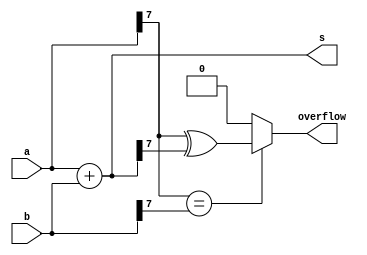
module top_module (
    input [7:0] a,
    input [7:0] b,
    output [7:0] s,
    output overflow
); //
 
    assign s = a+b;
    assign overflow = (a[7]==b[7])? a[7]^s[7] : 1'b0;

endmodule